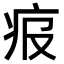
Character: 𤵓